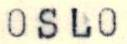
OSLO